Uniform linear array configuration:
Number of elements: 64
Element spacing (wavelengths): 1
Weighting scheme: cosine
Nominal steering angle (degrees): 60
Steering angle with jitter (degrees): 61.54
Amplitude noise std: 0.05
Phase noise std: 0.05

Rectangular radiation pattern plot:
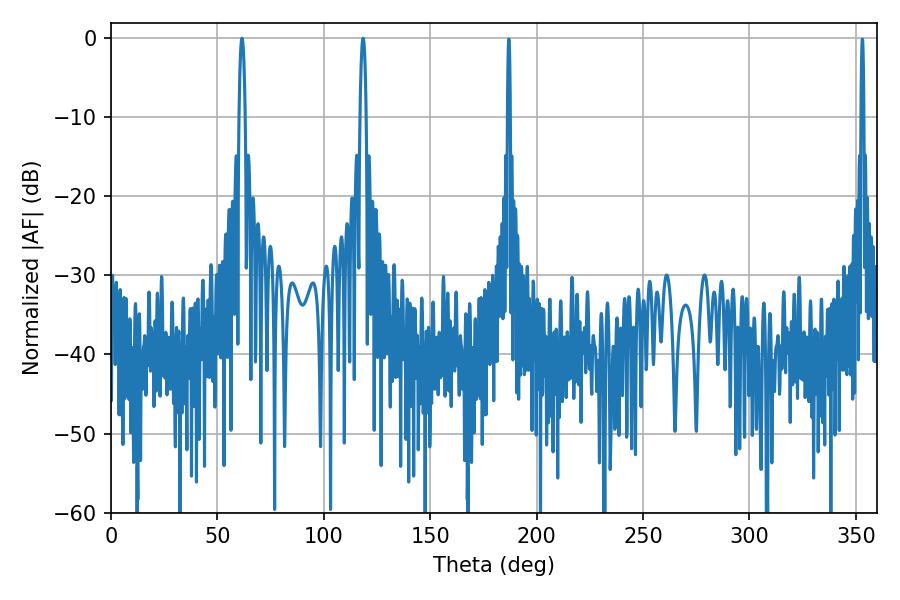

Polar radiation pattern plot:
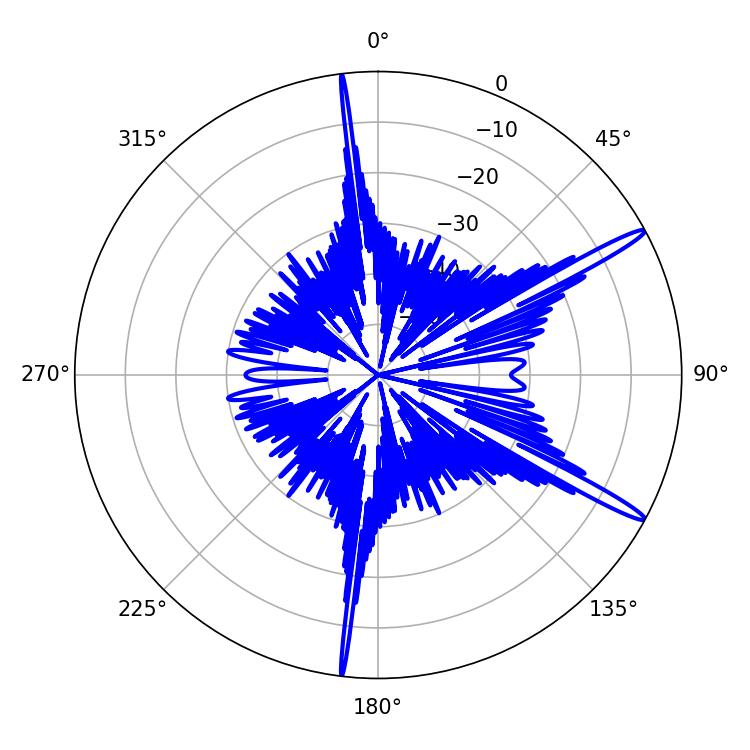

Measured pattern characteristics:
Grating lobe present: TRUE
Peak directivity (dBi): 15.681
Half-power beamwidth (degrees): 1.44
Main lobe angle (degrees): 61.56